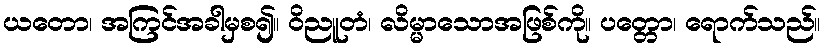
ယတော၊ အကြင်အခါမှစ၍။ ဝိညူတံ၊ လိမ္မာသောအဖြစ်ကို။ ပတ္တော၊ ရောက်သည်။